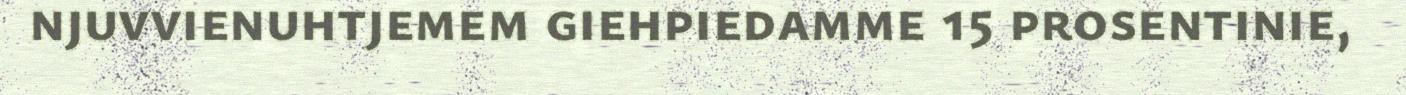
njuvvienuhtjemem giehpiedamme 15 prosentinie,